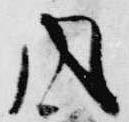
同